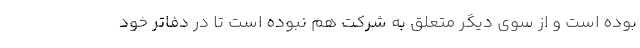
بوده است و از سوي ديگر متعلق به شركت هم نبوده است تا در دفاتر خود